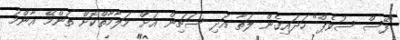
"ފޭސް ސުވެޕް" ހަދައިގެން ލަތާ އަދި ސަޗިން އަށް މަލާމާތްކޮށް ތަންމޭ އާންމު